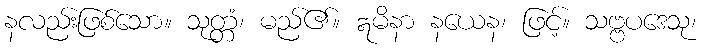
နလည်းဖြစ်သော။ သုတ္တံ၊ မည်၏။ ဣမိနာ နယေန၊ ဖြင့်။ သဗ္ဗပဒေသု၊